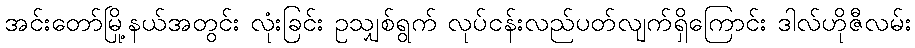
အင်းတော်မြို့နယ်အတွင်း လုံးခြင်း ဥသျှစ်ရွက် လုပ်ငန်းလည်ပတ်လျက်ရှိကြောင်း ဒါလ်ဟိုဇီလမ်း